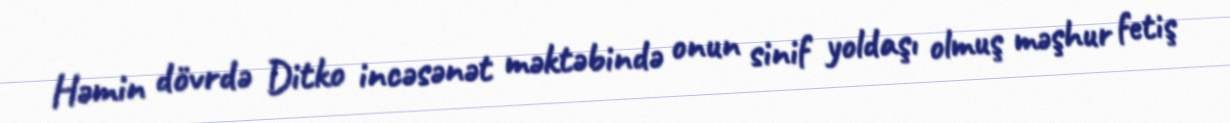
Həmin dövrdə Ditko incəsənət məktəbində onun sinif yoldaşı olmuş məşhur fetiş